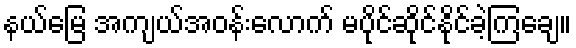
နယ်မြေ အကျယ်အဝန်းလောက် မပိုင်ဆိုင်နိုင်ခဲ့ကြချေ။